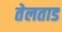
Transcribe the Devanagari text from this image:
तेलताड